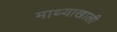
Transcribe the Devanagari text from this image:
माथ्याखाली